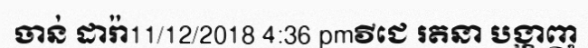
ចាន់ ដារ៉ា11/12/2018 4:36 pmវីជេ រតនា បង្ហាញ